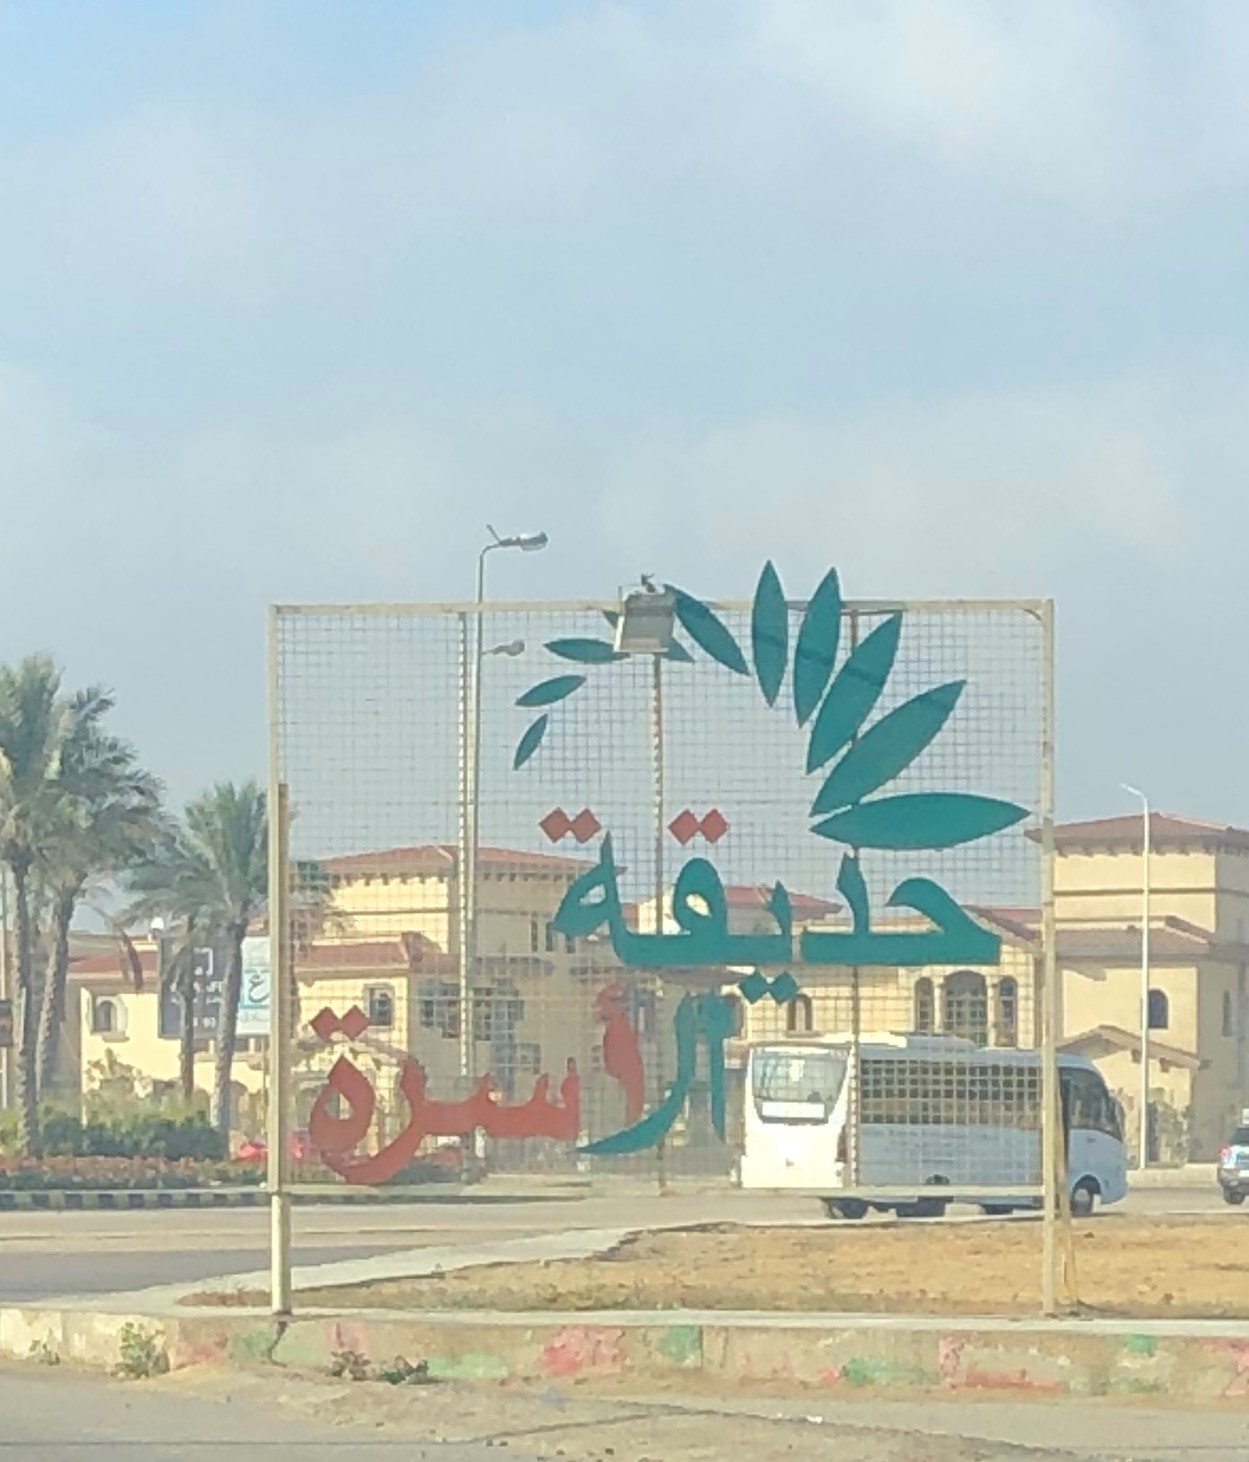
Text in image: حديقة الاسرة